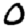
Digit: 0